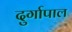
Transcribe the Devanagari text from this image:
दुर्गापाल